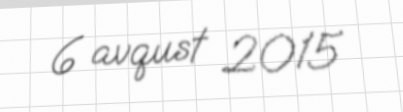
6 avqust 2015